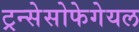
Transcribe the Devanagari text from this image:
ट्रन्सेसोफेगेयल